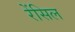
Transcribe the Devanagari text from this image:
रेंसिल